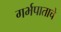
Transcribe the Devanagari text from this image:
गर्भपाताचे